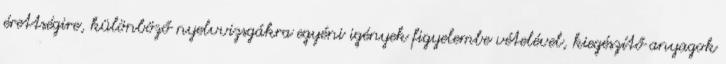
érettségire, különböző nyelvvizsgákra egyéni igények figyelembe vételével, kiegészítő anyagok